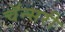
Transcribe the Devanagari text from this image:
चॅन्सरी